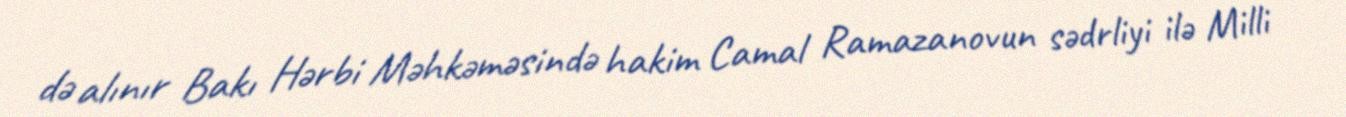
də alınır Bakı Hərbi Məhkəməsində hakim Camal Ramazanovun sədrliyi ilə Milli